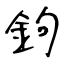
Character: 鉤